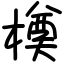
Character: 橂